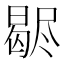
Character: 𣍊